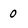
Character: 0